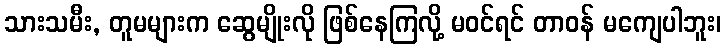
သားသမီး, တူမများက ဆွေမျိုးလို ဖြစ်နေကြလို့ မဝင်ရင် တာဝန် မကျေပါဘူး၊